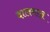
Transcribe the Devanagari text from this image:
दालमान्न